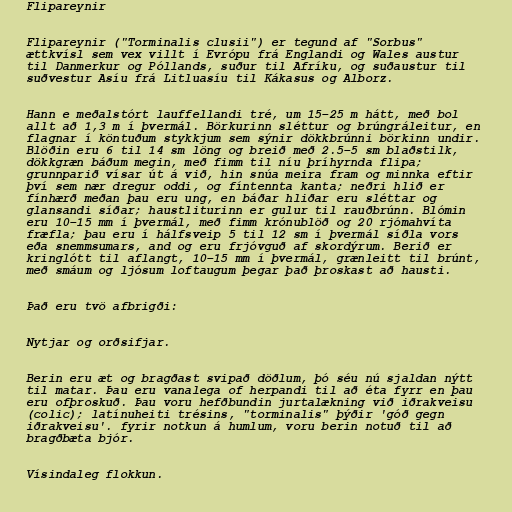
Flipareynir

Flipareynir ("Torminalis clusii") er tegund af "Sorbus"
ættkvísl sem vex villt í Evrópu frá Englandi og Wales austur
til Danmerkur og Póllands, suður til Afríku, og suðaustur til
suðvestur Asíu frá Litluasíu til Kákasus og Alborz.

Hann e meðalstórt lauffellandi tré, um 15–25 m hátt, með bol
allt að 1,3 m í þvermál. Börkurinn sléttur og brúngráleitur, en
flagnar í köntuðum stykkjum sem sýnir dökkbrúnni börkinn undir.
Blöðin eru 6 til 14 sm löng og breið með 2.5–5 sm blaðstilk,
dökkgræn báðum megin, með fimm til níu þríhyrnda flipa;
grunnparið vísar út á við, hin snúa meira fram og minnka eftir
því sem nær dregur oddi, og fíntennta kanta; neðri hlið er
fínhærð meðan þau eru ung, en báðar hliðar eru sléttar og
glansandi síðar; haustliturinn er gulur til rauðbrúnn. Blómin
eru 10–15 mm í þvermál, með fimm krónublöð og 20 rjómahvíta
fræfla; þau eru í hálfsveip 5 til 12 sm í þvermál síðla vors
eða snemmsumars, and og eru frjóvguð af skordýrum. Berið er
kringlótt til aflangt, 10–15 mm í þvermál, grænleitt til brúnt,
með smáum og ljósum loftaugum þegar það þroskast að hausti.

Það eru tvö afbrigði:

Nytjar og orðsifjar.

Berin eru æt og bragðast svipað döðlum, þó séu nú sjaldan nýtt
til matar. Þau eru vanalega of herpandi til að éta fyrr en þau
eru ofþroskuð. Þau voru hefðbundin jurtalækning við iðrakveisu
(colic); latínuheiti trésins, "torminalis" þýðir 'góð gegn
iðrakveisu'. fyrir notkun á humlum, voru berin notuð til að
bragðbæta bjór.

Vísindaleg flokkun.